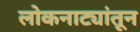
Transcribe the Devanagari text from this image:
लोकनाट्यांतून